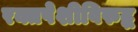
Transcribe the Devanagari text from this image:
रक्तपेशीविरुद्ध